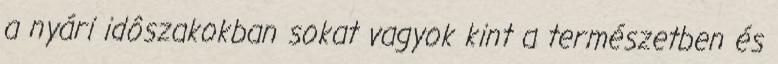
a nyári idôszakokban sokat vagyok kint a természetben és